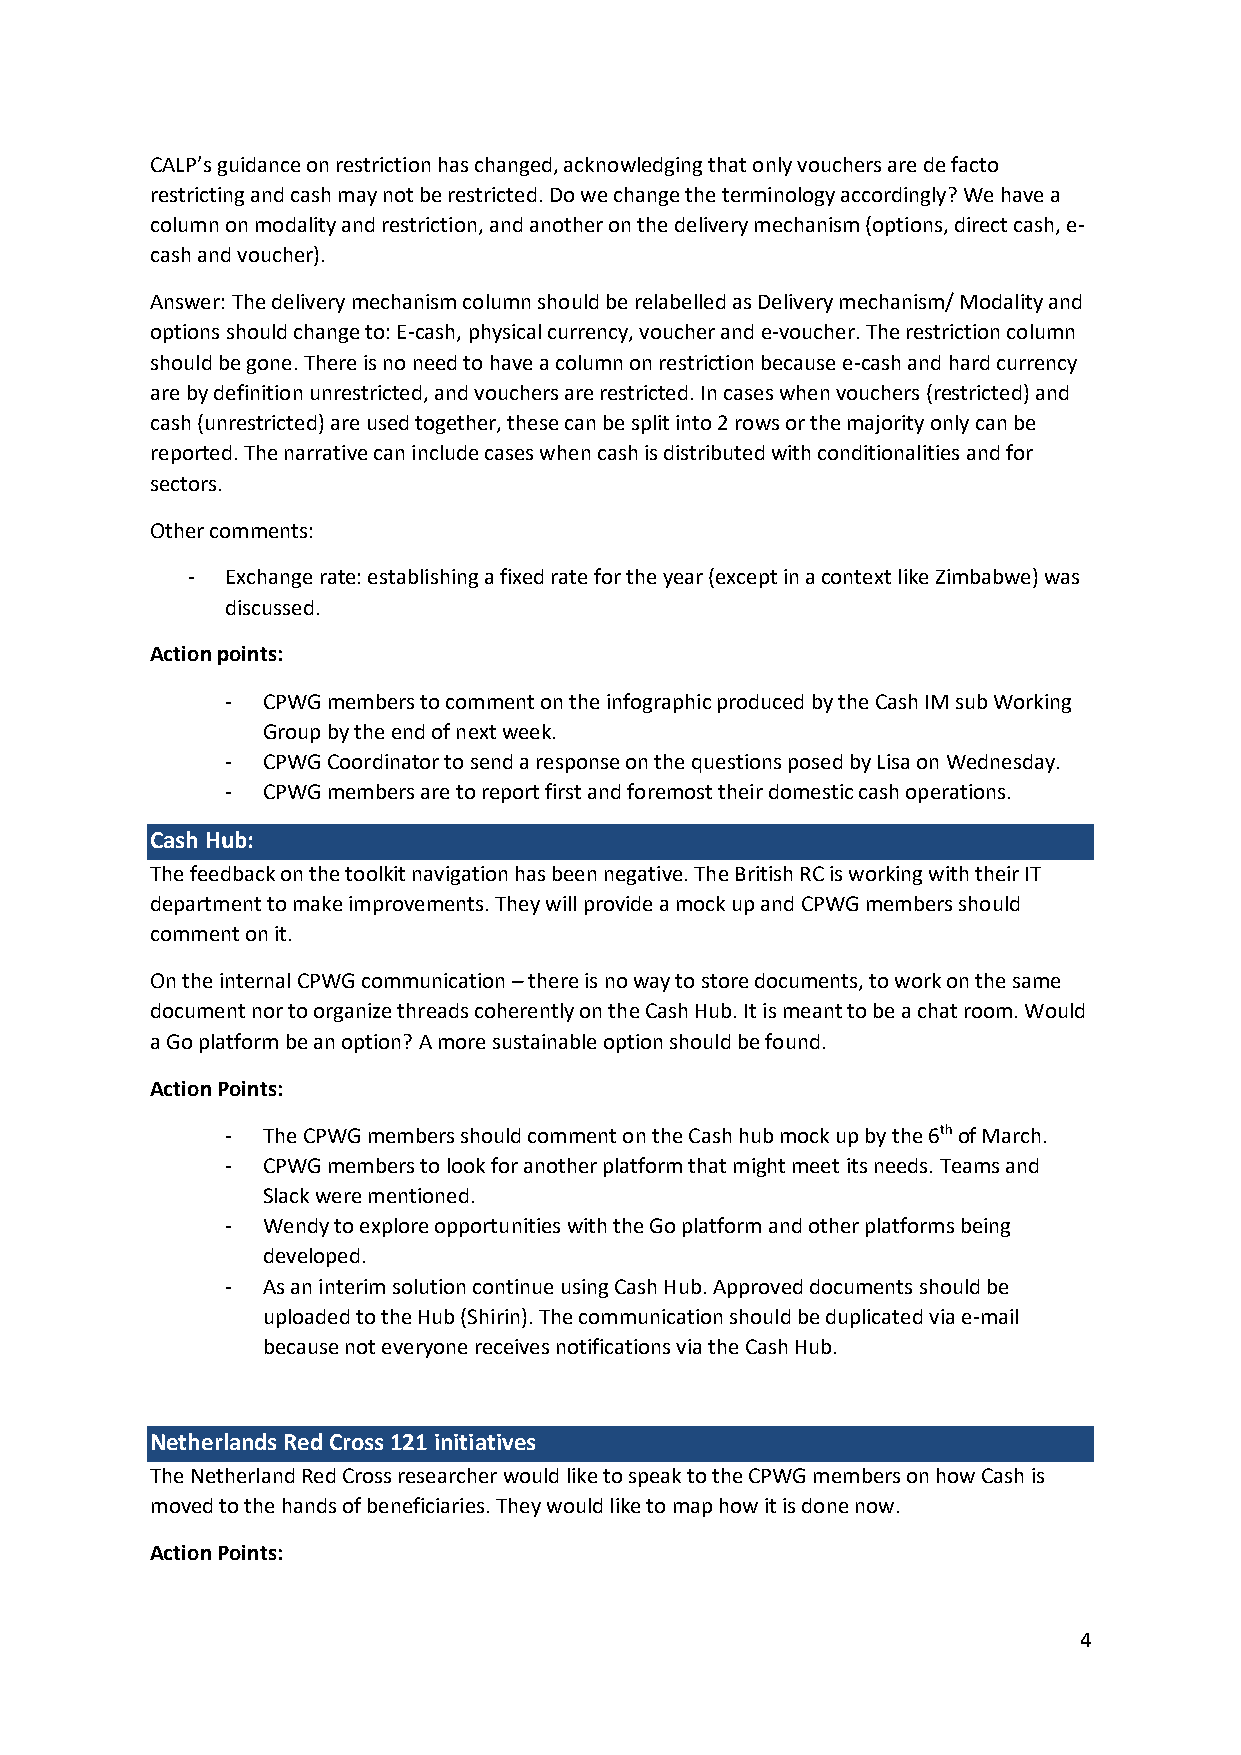
CALP’s guidance on restriction has changed, acknowledging that only vouchers are de facto
 restricting and cash may not be restricted. Do we change the terminology accordingly? We have a
 column on modality and restriction, and another on the delivery mechanism (options, direct cash, e-
 cash and voucher).
 Answer: The delivery mechanism column should be relabelled as Delivery mechanism/ Modality and
 options should change to: E-cash, physical currency, voucher and e-voucher. The restriction column
 should be gone. There is no need to have a column on restriction because e-cash and hard currency
 are by definition unrestricted, and vouchers are restricted. In cases when vouchers (restricted) and
 cash (unrestricted) are used together, these can be split into 2 rows or the majority only can be
 reported. The narrative can include cases when cash is distributed with conditionalities and for
 sectors.
 Other comments:
 -  Exchange rate: establishing a fixed rate for the year (except in a context like Zimbabwe) was
 discussed.
 Action points:
 - CPWG members to comment on the infographic produced by the Cash IM sub Working
 Group by the end of next week.
 - CPWG Coordinator to send a response on the questions posed by Lisa on Wednesday.
 - CPWG members are to report first and foremost their domestic cash operations.
 Cash Hub:
 The feedback on the toolkit navigation has been negative. The British RC is working with their IT
 department to make improvements. They will provide a mock up and CPWG members should
 comment on it.
 On the internal CPWG communication – there is no way to store documents, to work on the same
 document nor to organize threads coherently on the Cash Hub. It is meant to be a chat room. Would
 a Go platform be an option? A more sustainable option should be found.
 Action Points:
 - The CPWG members should comment on the Cash hub mock up by the 6th of March.
 - CPWG members to look for another platform that might meet its needs. Teams and
 Slack were mentioned.
 - Wendy to explore opportunities with the Go platform and other platforms being
 developed.
 - As an interim solution continue using Cash Hub. Approved documents should be
 uploaded to the Hub (Shirin). The communication should be duplicated via e-mail
 because not everyone receives notifications via the Cash Hub.
 Netherlands Red Cross 121 initiatives
 The Netherland Red Cross researcher would like to speak to the CPWG members on how Cash is
 moved to the hands of beneficiaries. They would like to map how it is done now.
 Action Points:
 4